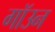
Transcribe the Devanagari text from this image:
गॉउन